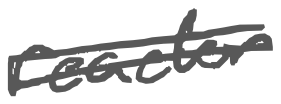
Text: reactor
Cross-out: double-line
Writing tool: digital_gray